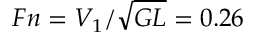
F n = V _ { 1 } / \sqrt { G L } = 0 . 2 6